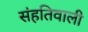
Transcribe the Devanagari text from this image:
संहतिवाली